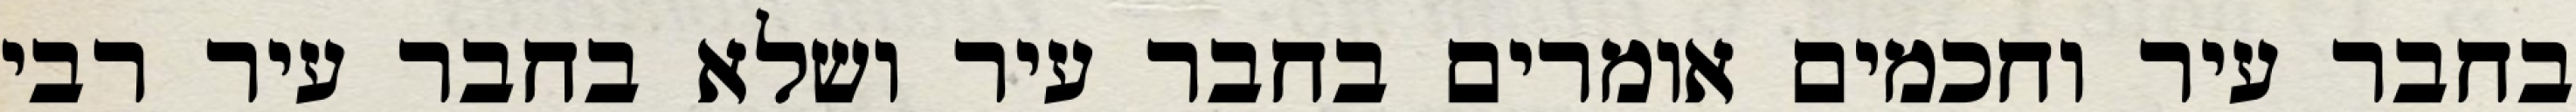
בחבר עיר וחכמים אומרים בחבר עיר ושלא בחבר עיר רבי